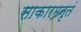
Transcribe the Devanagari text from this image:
साकारमनृतं